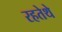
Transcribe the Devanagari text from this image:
रहतेथे